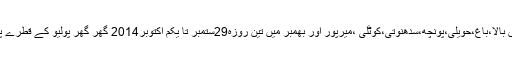
2014ء)آزادکشمیر کے تمام اضلاع مظفرآباد، نیلم،ہٹیاں بالا،باغ،حویلی،پونچھ،سدھنوتی،کوٹلی ،میرپور اور بھمبر میں تین روزہ29ستمبر تا یکم اکتوبر2014 گھر گھر پولیو کے قطرے پلانے کی ریاست گیرمہم کا آغاز گزشتہ روزکر دیا گیا۔